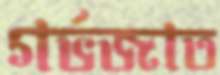
গর্ভজাত